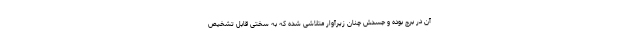
آن در برج بوده و جسدش چنان زیرآوار متلاشی شده که به سختی قابل تشخیص